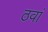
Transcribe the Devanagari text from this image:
ठवां